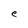
Character: e